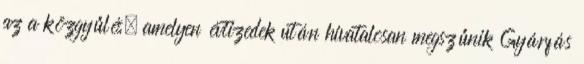
az a közgyűlés, amelyen évtizedek után hivatalosan megszűnik Gyárfás